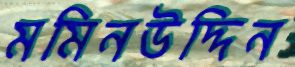
মমিনউদ্দিন